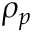
\rho _ { p }